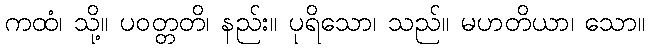
ကထံ၊ သို့။ ပဝတ္တတိ၊ နည်း။ ပုရိသော၊ သည်။ မဟတိယာ၊ သော။